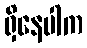
ရှိနေပါက